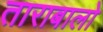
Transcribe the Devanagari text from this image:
ताराबालो